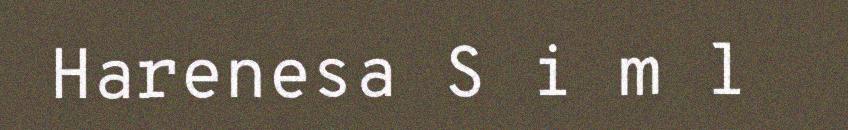
Harenesa S i m l